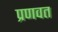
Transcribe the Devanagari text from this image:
प्रणवत